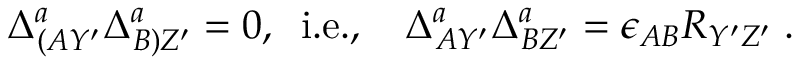
\Delta _ { ( A Y ^ { \prime } } ^ { a } \Delta _ { B ) Z ^ { \prime } } ^ { a } = 0 , \; \; \mathrm { i . e . , } \; \; \; \; \Delta _ { A Y ^ { \prime } } ^ { a } \Delta _ { B Z ^ { \prime } } ^ { a } = \epsilon _ { A B } R _ { Y ^ { \prime } Z ^ { \prime } } \; .